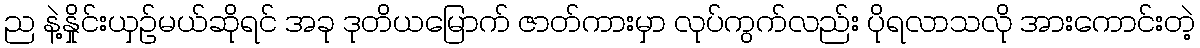
ည နဲ့နှိုင်းယှဉ်မယ်ဆိုရင် အခု ဒုတိယမြောက် ဇာတ်ကားမှာ လုပ်ကွက်လည်း ပိုရလာသလို အားကောင်းတဲ့